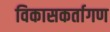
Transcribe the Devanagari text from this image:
विकासकर्तागण